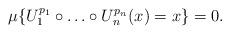
LaTeX: \begin{align*}\mu\{U_1^{p_1}\circ\ldots\circ U_n^{p_n}(x)=x\}=0.\end{align*}